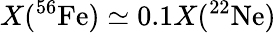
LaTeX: X(^{56}\mathrm{Fe})\simeq 0.1X(^{22}\mathrm{Ne})